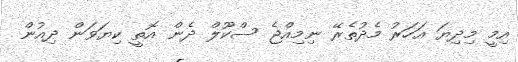
އިމީ މިދިޔަ އަހަރު މެދުތެރޭ ނިމިއްޖެ ސްކޫލް ދެން އޮތީ ކިޔަވަން ދިއުން